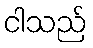
ငါသည်